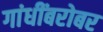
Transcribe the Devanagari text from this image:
गांधींबरोबर